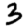
Digit: 3